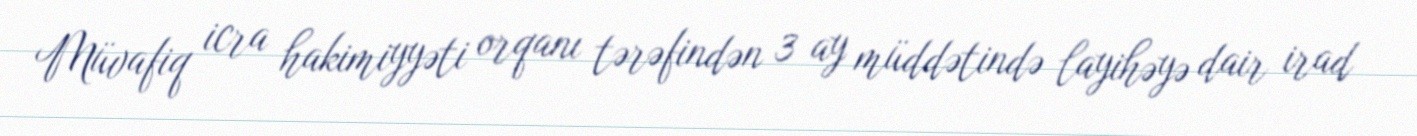
Müvafiq icra hakimiyyəti orqanı tərəfindən 3 ay müddətində layihəyə dair irad